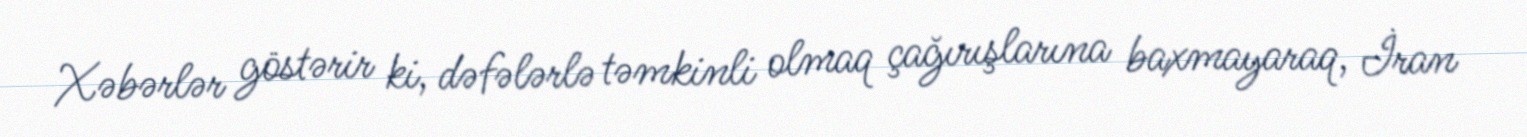
Xəbərlər göstərir ki, dəfələrlə təmkinli olmaq çağırışlarına baxmayaraq, İran